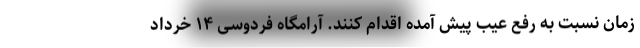
زمان نسبت به رفع عیب پیش آمده اقدام کنند. آرامگاه فردوسی ۱۴ خرداد